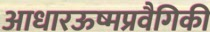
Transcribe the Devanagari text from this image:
आधारऊष्मप्रवैगिकी